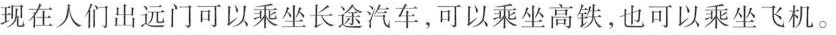
现在人们出远门可以乘坐长途汽车，可以乘坐高铁，也可以乘坐飞机。